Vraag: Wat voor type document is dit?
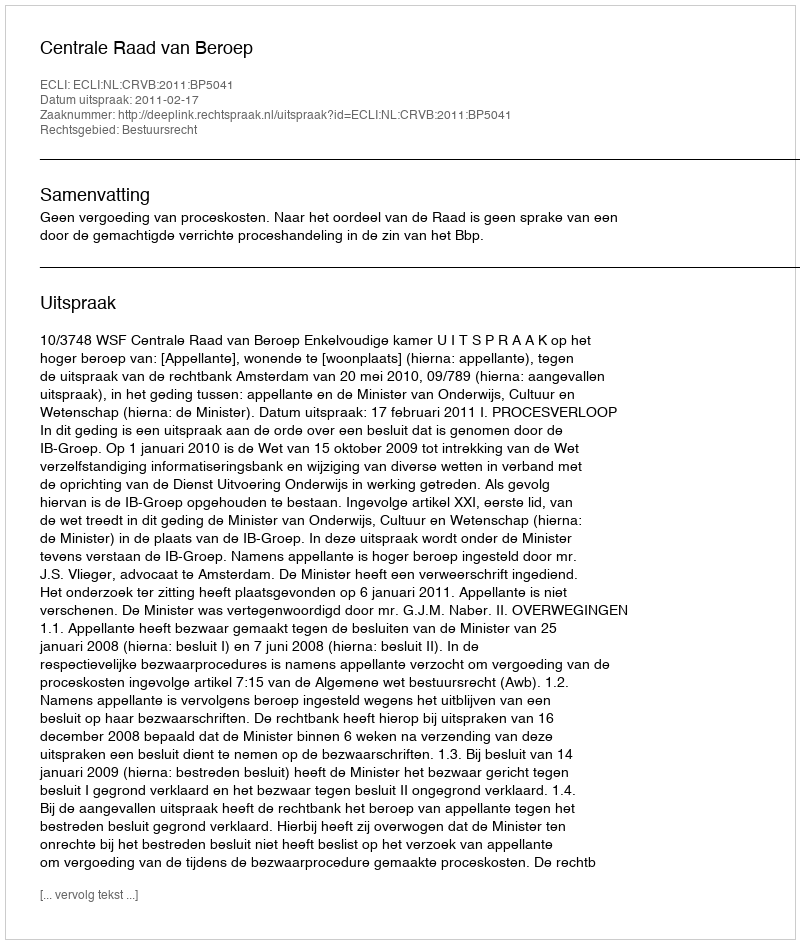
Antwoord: Uitspraak